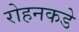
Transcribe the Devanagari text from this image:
रोहनकडे